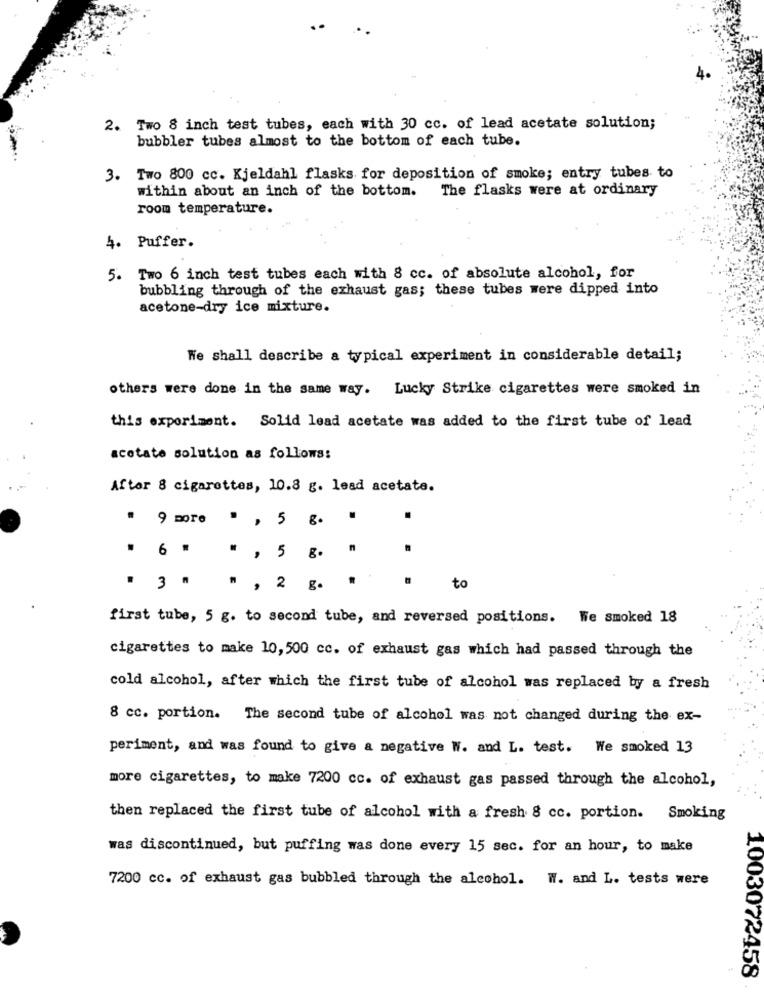
2. Two 8 inch test tubes, each with 30 cc. of lead acetate solution;
bubbler tubes almost to the bottom of each tube.
3. Two 800 cc. Kjeldahl flasks for deposition of smoke; entry tubes to
within about an inch of the bottom.
The flasks were at ordinary
room temperature.
4. Puffer.
5. Two 6 inch test tubes each with 8 cc. of absolute alcohol, for
bubbling through of the exhaust gas; these tubes were dipped into
acetone-dry ice mixture.
We shall describe a typical experiment in considerable detail;
others were done in the same way. Lucky Strike cigarettes were smoked in
this experiment. Solid lead acetate was added to the first tube of lead
acetate solution as follows:
Aftor 8 cigarettes, 10.8 g. lead acetate.
" 9 more " , 5 g.
" 6 " " , 5 g.
.
. 3 " " , 2 g.
to
first tube, 5 g. to second tube, and reversed positions. We smoked 18
cigarettes to make 10,500 cc. of exhaust gas which had passed through the
cold alcohol, after which the first tube of alcohol was replaced by a fresh
8 cc. portion. The second tube of alcohol was not changed during the ex-
periment, and was found to give a negative W. and L. test. We smoked 13
more cigarettes, to make 7200 cc. of exhaust gas passed through the alcohol,
then replaced the first tube of alcohol with a fresh 8 cc. portion. Smoking
was discontinued, but puffing was done every 15 sec. for an hour, to make
7200 cc. of exhaust gas bubbled through the alcohol. W. and L. tests were
1003072458